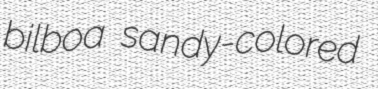
bilboa sandy-colored